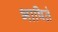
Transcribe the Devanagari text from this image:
भाषितं